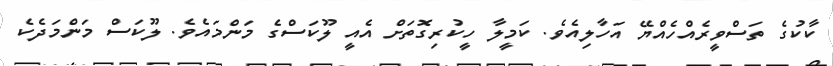
ކާކުގެ ތަސްވީރެއްހެއްޔޭ އަހާލިއެވެ. ކަމީލާ ހީކުރިގޮތަށް އެއީ ލޫކަސްގެ މަންމައެވެ. ލޫކަސް މަންމަދެކެ